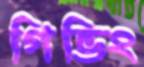
গিভিং